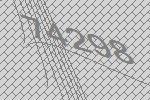
74298